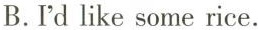
B.I'dlike some rice.